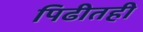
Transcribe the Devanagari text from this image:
पिढीतही